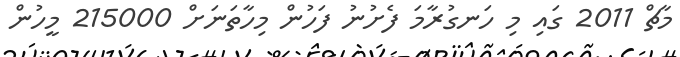
މާޗް 2011 ގައި މި ހަނގުރާމަ ފެށުނު ފަހުން މިހާތަނަށް 215000 މީހުން